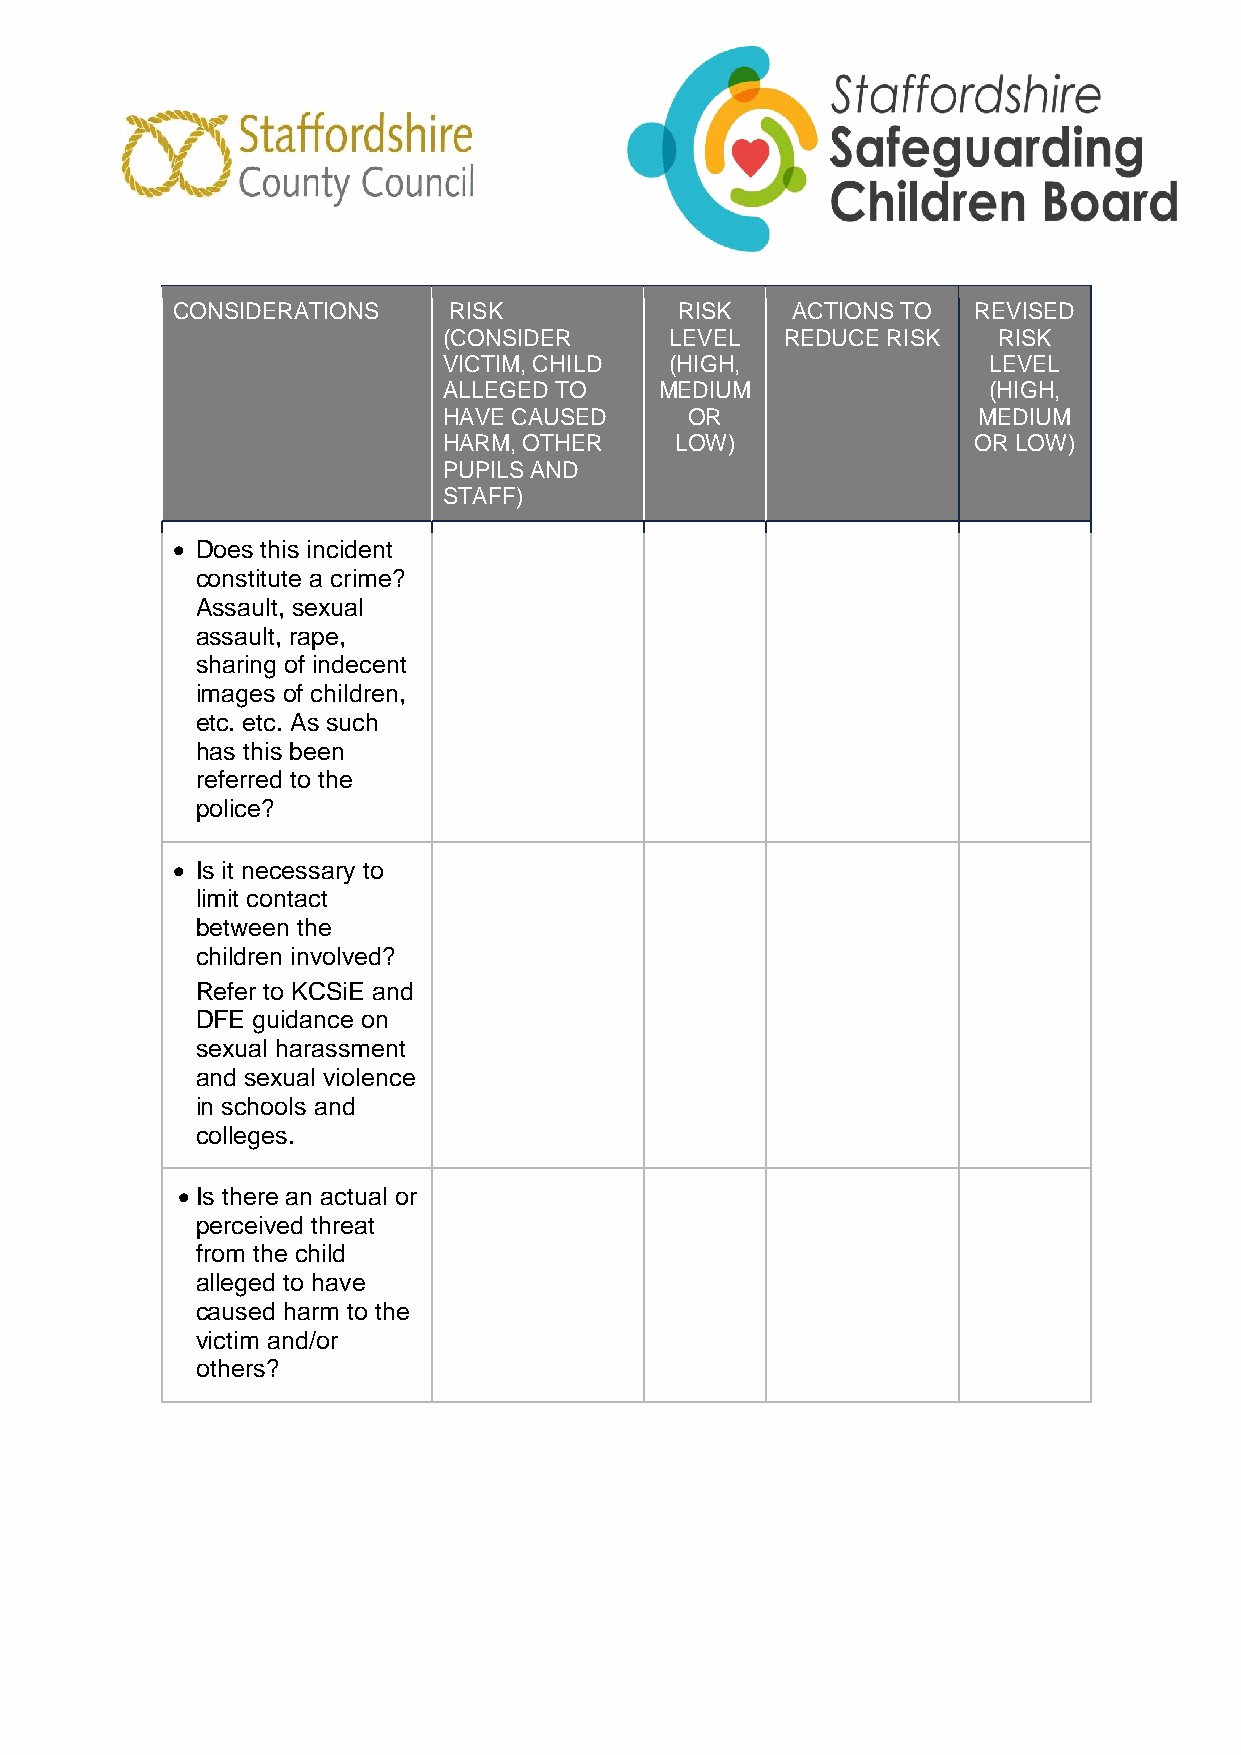
CONSIDERATIONS     RISK           RISK   ACTIONS TO  REVISED
 (CONSIDER      LEVEL   REDUCE RISK   RISK
 VICTIM, CHILD  (HIGH,               LEVEL
 ALLEGED TO     MEDIUM               (HIGH,
 HAVE CAUSED     OR                  MEDIUM
 HARM, OTHER     LOW)               OR LOW)
 PUPILS AND
 STAFF)
  Does this incident
 constitute a crime?
 Assault, sexual
 assault, rape,
 sharing of indecent
 images of children,
 etc. etc. As such
 has this been
 referred to the
 police?
  Is it necessary to
 limit contact
 between the
 children involved?
 Refer to KCSiE and
 DFE guidance on
 sexual harassment
 and sexual violence
 in schools and
 colleges.
  Is there an actual or
 perceived threat
 from the child
 alleged to have
 caused harm to the
 victim and/or
 others?